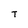
Character: T